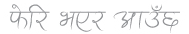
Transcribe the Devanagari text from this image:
फेरि भएर आउँछ